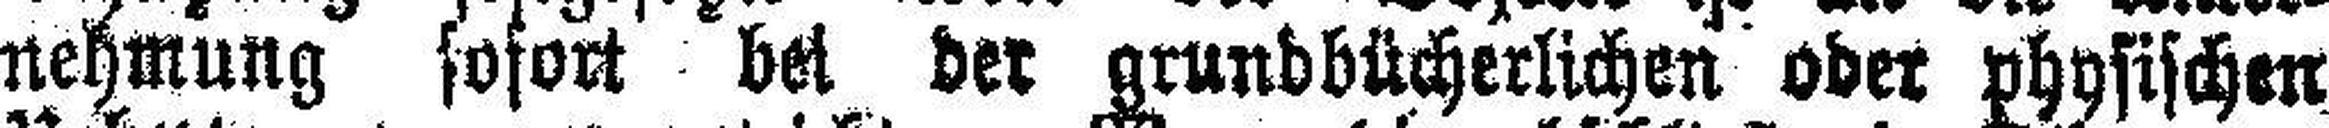
nehmung sofort bei der grundbücherlichen oder physischen